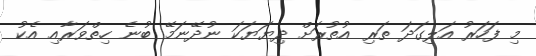
މި ފަހަރު އަލިގަދަ ތަރި އުތުރަށް ދިޔަޔަކަ ނުދޭނަމޭ ބުނެ ހިތްވަރާއި އެކު